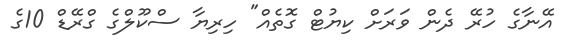
އޭނާގެ ހުރޭ ދެން ވަރަށް ކިޔުޓް ގޮތެއް" ހިރިޔާ ސްކޫލްގެ ގްރޭޑް 10ގެ